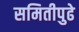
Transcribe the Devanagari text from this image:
समितीपुढे